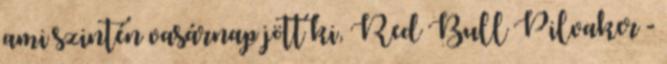
ami szintén vasárnap jött ki, Red Bull Pilvaker -